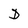
Character: D